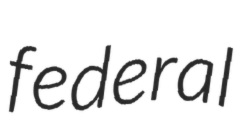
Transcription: federal